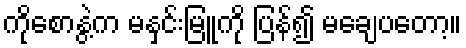
ကိုစောနွဲ့က မနှင်းမြူကို ပြန်၍ မချေပတော့။